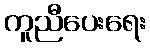
ကူညီပေးရေး